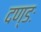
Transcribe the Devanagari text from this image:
दण्डः